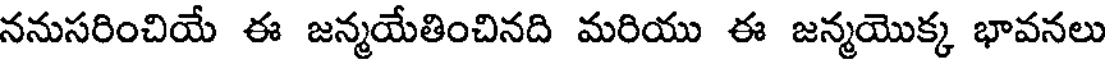
ననుసరించియే ఈ జన్మయేతించినది మరియు ఈ జన్మయొక్క భావనలు